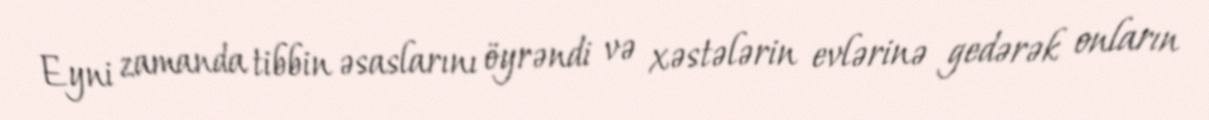
Eyni zamanda tibbin əsaslarını öyrəndi və xəstələrin evlərinə gedərək onların